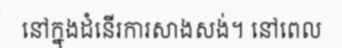
នៅក្នុងដំនើរការសាងសង់។ នៅពេល